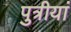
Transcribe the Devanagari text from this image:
पुत्रीयां